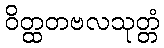
ဝိတ္ထတဗလသုတ္တံ